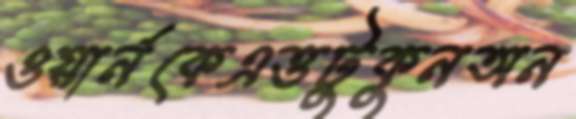
ওয়ার্নকেএত্তটুকুনঅন